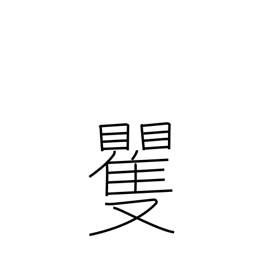
Meaning: surprise & confusion